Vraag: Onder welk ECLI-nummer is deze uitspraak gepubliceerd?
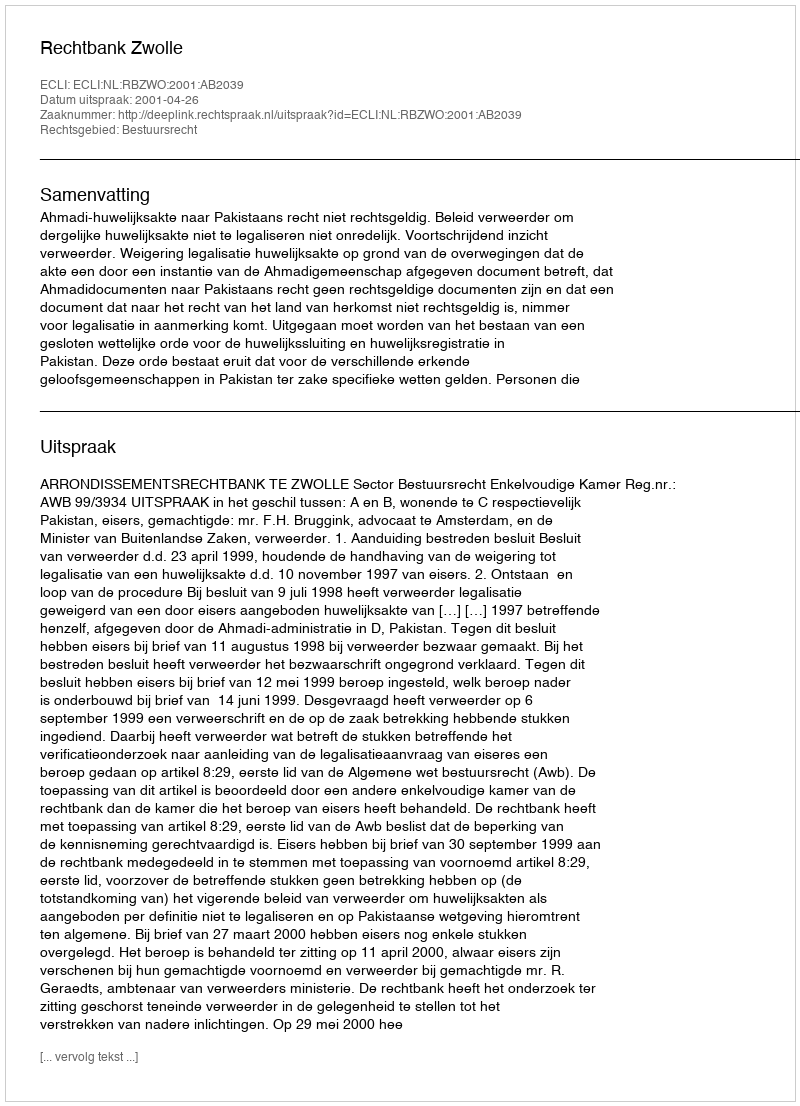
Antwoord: ECLI:NL:RBZWO:2001:AB2039